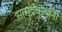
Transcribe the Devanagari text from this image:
सामुद्रधुन्यांनी